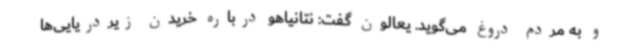
و به مردم دروغ می‌گوید. یعالون گفت: نتانیاهو درباره خریدن زیردریایی‌ها